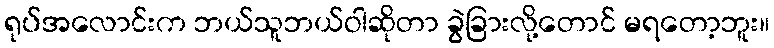
ရုပ်အလောင်းက ဘယ်သူဘယ်ဝါဆိုတာ ခွဲခြားလို့တောင် မရတော့ဘူး။